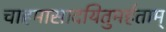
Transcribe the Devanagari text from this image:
चाहमासादयितुमर्हताम्‌